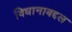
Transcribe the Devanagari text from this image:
विधानाबद्दल